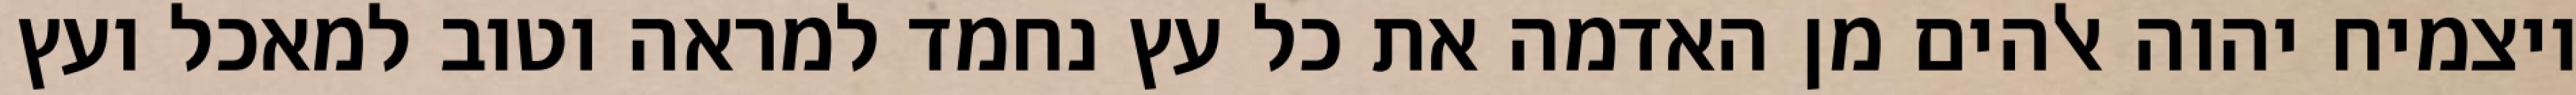
ויצמיח יהוה אלהים מן האדמה את כל עץ נחמד למראה וטוב למאכל ועץ